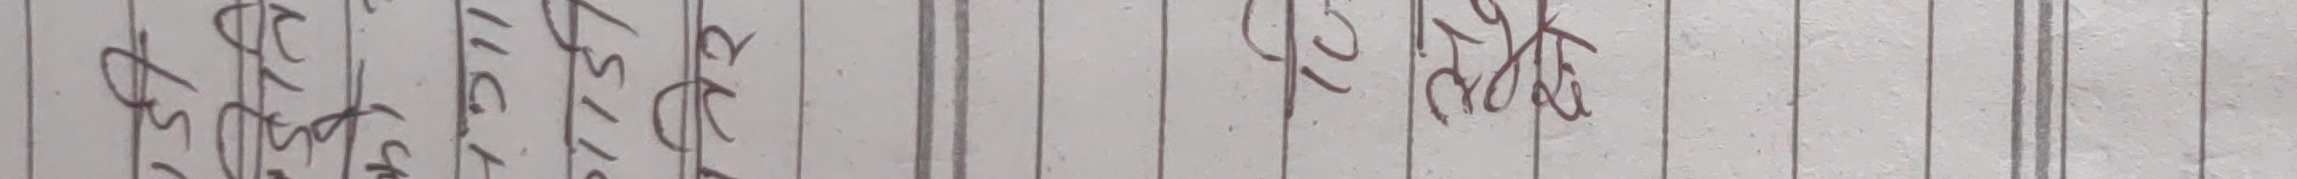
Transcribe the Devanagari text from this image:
११८/११२ क्षेत्र